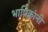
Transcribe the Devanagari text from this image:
भाषिकांनी